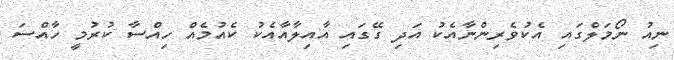
ނިއު ނޯމަލްގައި އެކުވެރިންނާއެކު އަދި ގޭގައި އާއިލާއާއެކު ކެއުމެއް ހިއްސާ ކުރުމީ ހާއްސަ